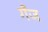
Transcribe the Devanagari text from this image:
गँज